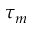
\tau _ { m }